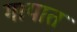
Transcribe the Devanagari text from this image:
गायात